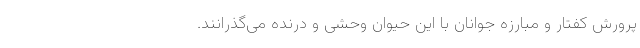
پرورش کفتار و مبارزه جوانان با این حیوان وحشی و درنده می‌گذرانند.